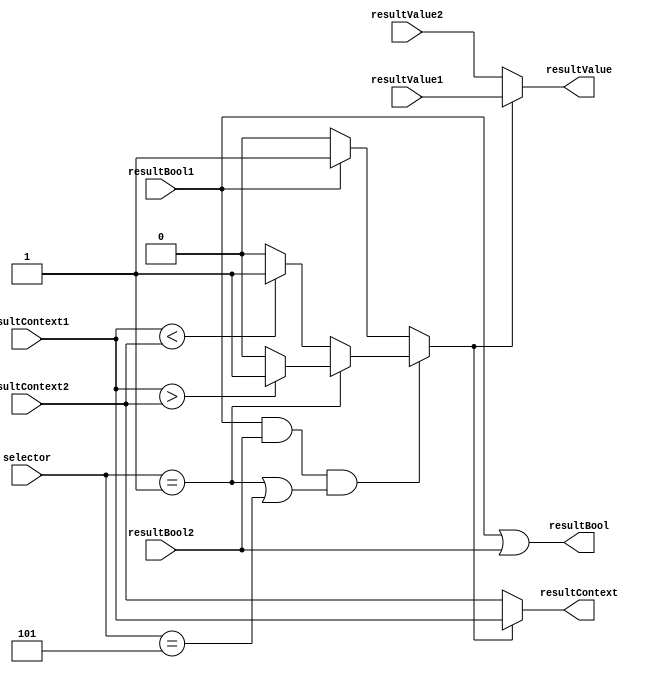
`timescale 1ns / 1ps
//////////////////////////////////////////////////////////////////////////////////
// Company: 
// Engineer: 
// 
// Design Name: 
// Module Name: NodeCombinator
// Project Name: 
// Target Devices: 
// Tool Versions: 
// Description: 
// 
// Dependencies: 
// 
// Revision:
// Revision 0.01 - File Created
// Additional Comments:
// 
//////////////////////////////////////////////////////////////////////////////////


module NodeCombinator(
        input[7:0] selector,
        input[7:0] resultValue1,
        input[7:0] resultContext1,
        input[0:0] resultBool1, 
        input[7:0] resultValue2,
        input[7:0] resultContext2,
        input[0:0] resultBool2,
        output[7:0] resultValue,
        output[7:0] resultContext,
        output[0:0] resultBool
    );

    
    //Map
    // 0 : update  
    // 1 : lookUpScan    
    // 2 : lookUpFinalizer   
    // 3: encode      
    // 4: delete   
    // 5: congrueUp  
    // 6: congruedown 
    // 7: markAvailableCell
    
    // selector 5 and 6 act as a void
    
    assign resultBool = resultBool1 || resultBool2;
    
    wire[0:0] isLeft;
    assign isLeft = ((resultBool1 && resultBool2) && (selector == 8'b1 || selector == 8'b101))? 
                          (selector == 1) ? 
                                (resultContext1 > resultContext2) ?
                                    1'b1 
                                    : 1'b0
                                 : (resultContext1 < resultContext2) ?
                                    1'b1  
                                    : 1'b0          
                          : resultBool1? 
                            1'b1 
                            : 1'b0;

    
    
    assign resultContext = isLeft ? resultContext1 : resultContext2;
    
    assign resultValue = isLeft ? resultValue1 : resultValue2;
    
                             
endmodule